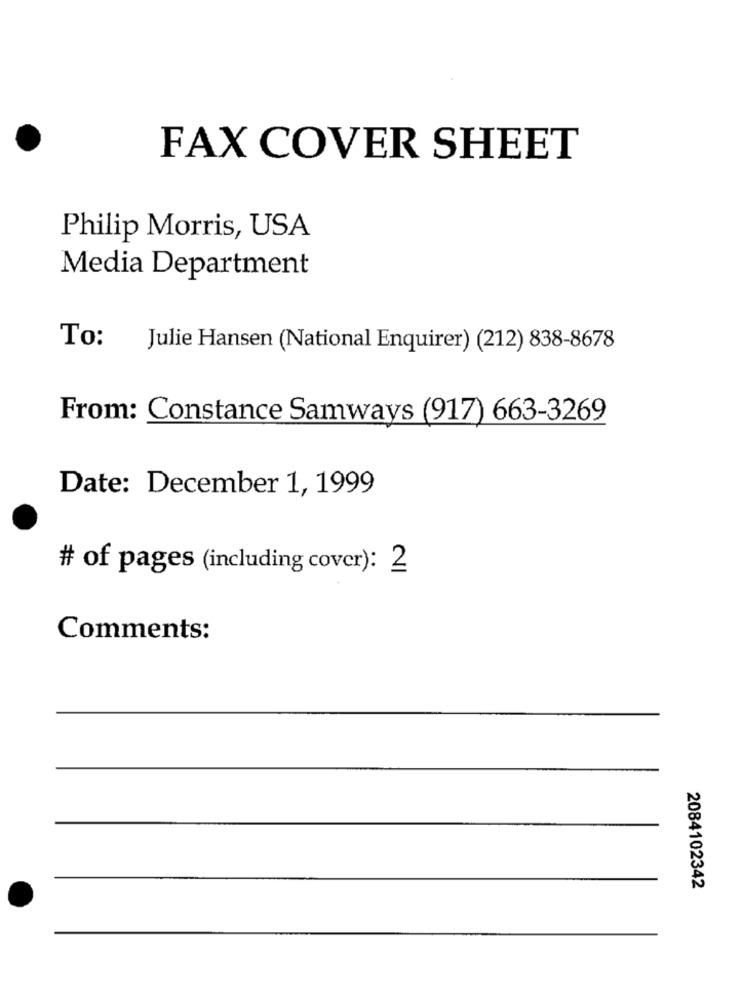
FAX COVER SHEET
Philip Morris, USA
Media Department
To:
Julie Hansen (National Enquirer) (212) 838-8678
From: Constance Samways (917) 663-3269
Date: December 1, 1999
# of pages (including cover): 2
Comments:
2084102342